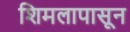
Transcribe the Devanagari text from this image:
शिमलापासून